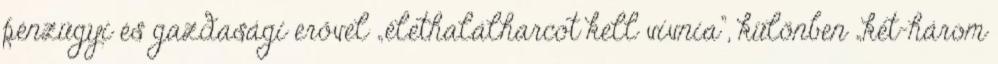
pénzügyi és gazdasági erővel „élethalálharcot kell vívnia”, különben „két-három